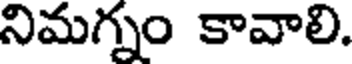
నిమగ్నం కావాలి.